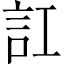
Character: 訌